Leaving Certificate Examination (including Day School Certificate (Higher) General paper), 1937
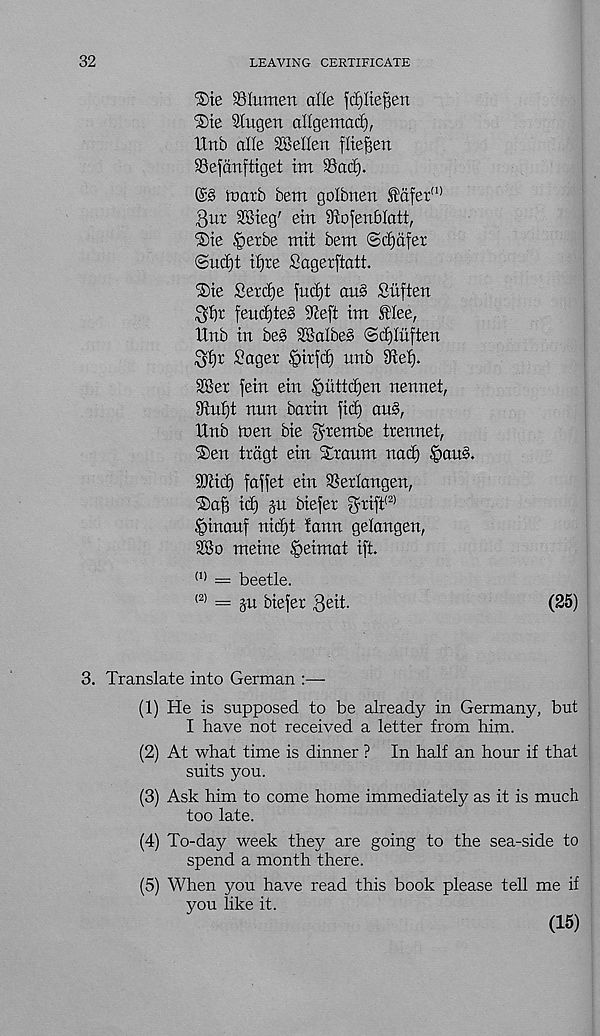
32
LEAVING CERTIFICATE
®te SSIiunen alle fcf)itef5en
®te UCugen allgemad),
Unb alle SBellen fltegert
SSefatiftiget tm SSad).
tuarb bem golbnen fdfer a)
3ur SSieg' ein Stofenblatt,
®te |>erbe mit bem @cf)dfer
@ud)t tljre Sagerftatt.
®te Settle jud)t aus Suften
Sbt feud)te3 dteft im flee,
IXnb in be§ 2SaIbe§ ©djliiften
Sager ipirjd) unb 9ieX).
2Ber fein ein ^iitidjen nennet,
diuijt nnn batin fid) an§,
Unb men bie gdetnbe trennet,
®en trdgt ein SLranm nad) §au§.
dftid) faffet ein SSerlangen,
®af) id) ju biefer ^rift' 2 ’
|>inauf nid)t lann gelangen,
3Bo meine £>eimat ift
(1) = beetle.
(2) = git biefer 3eit.
(25)
3. Translate into German :—
(1) He is supposed to be already in Germany, but
I have not received a letter from him.
(2) At what time is dinner ? In half an hour if that
suits you.
(3) Ask him to come home immediately as it is much
too late.
(4) To-day week they are going to the sea-side to
spend a month there.
(5) When you have read this book please tell me if
you like it.
(15)